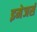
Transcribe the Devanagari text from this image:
इमेजर्स